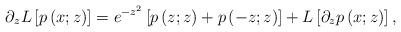
LaTeX: \begin{align*}\partial_{z}L\left[ p\left( x;z\right) \right] =e^{-z^{2}}\left[ p\left(z;z\right) +p\left( -z;z\right) \right] +L\left[ \partial_{z}p\left(x;z\right) \right] , \end{align*}